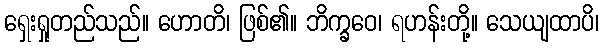
ရှေးရှုတည်သည်။ ဟောတိ၊ ဖြစ်၏။ ဘိက္ခဝေ၊ ရဟန်းတို့။ သေယျထာပိ၊